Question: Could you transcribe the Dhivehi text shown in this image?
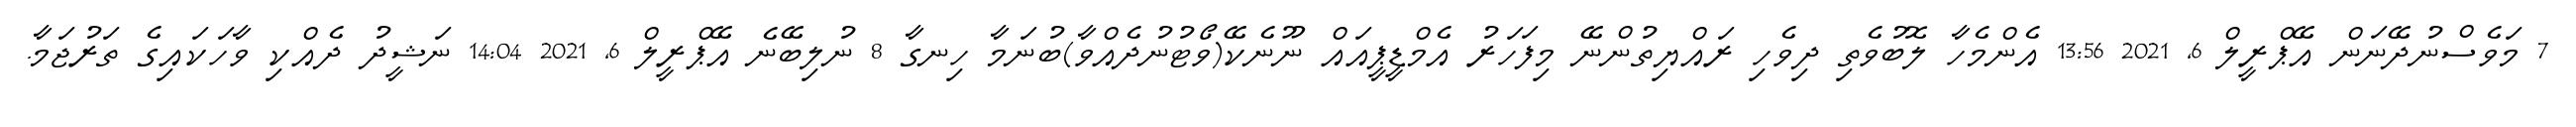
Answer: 7 މަވެސްނުދޭނަން އޭޕްރީލް 6, 2021 13:56 އެންމެހާ ލޮބުވެތި ދިވެހި ރައްޔިތުންނޭ މިފަހަރު އެމްޑީޕީއައް ނޫނެކޭ(ވޯޓުނުދެއްވާ)ބުނަމާ ހިނގާ 8 ނުލިބޭނެ އޭޕްރީލް 6, 2021 14:04 ނަޝީދު ދެއްކި ވާހަކައިގެ ތަރުޖަމާ.